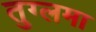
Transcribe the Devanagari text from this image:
तुग्लमा